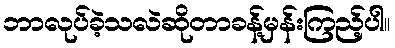
ဘာလုပ်ခဲ့သလဲဆိုတာခန့်မှန်းကြည့်ပါ။